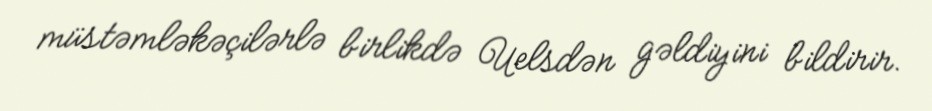
müstəmləkəçilərlə birlikdə Uelsdən gəldiyini bildirir.